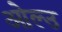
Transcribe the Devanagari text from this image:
ओल्‍उ